65_HS1-834228961_62-HQ-83894_Section_7
Agency: FBI
Page 186
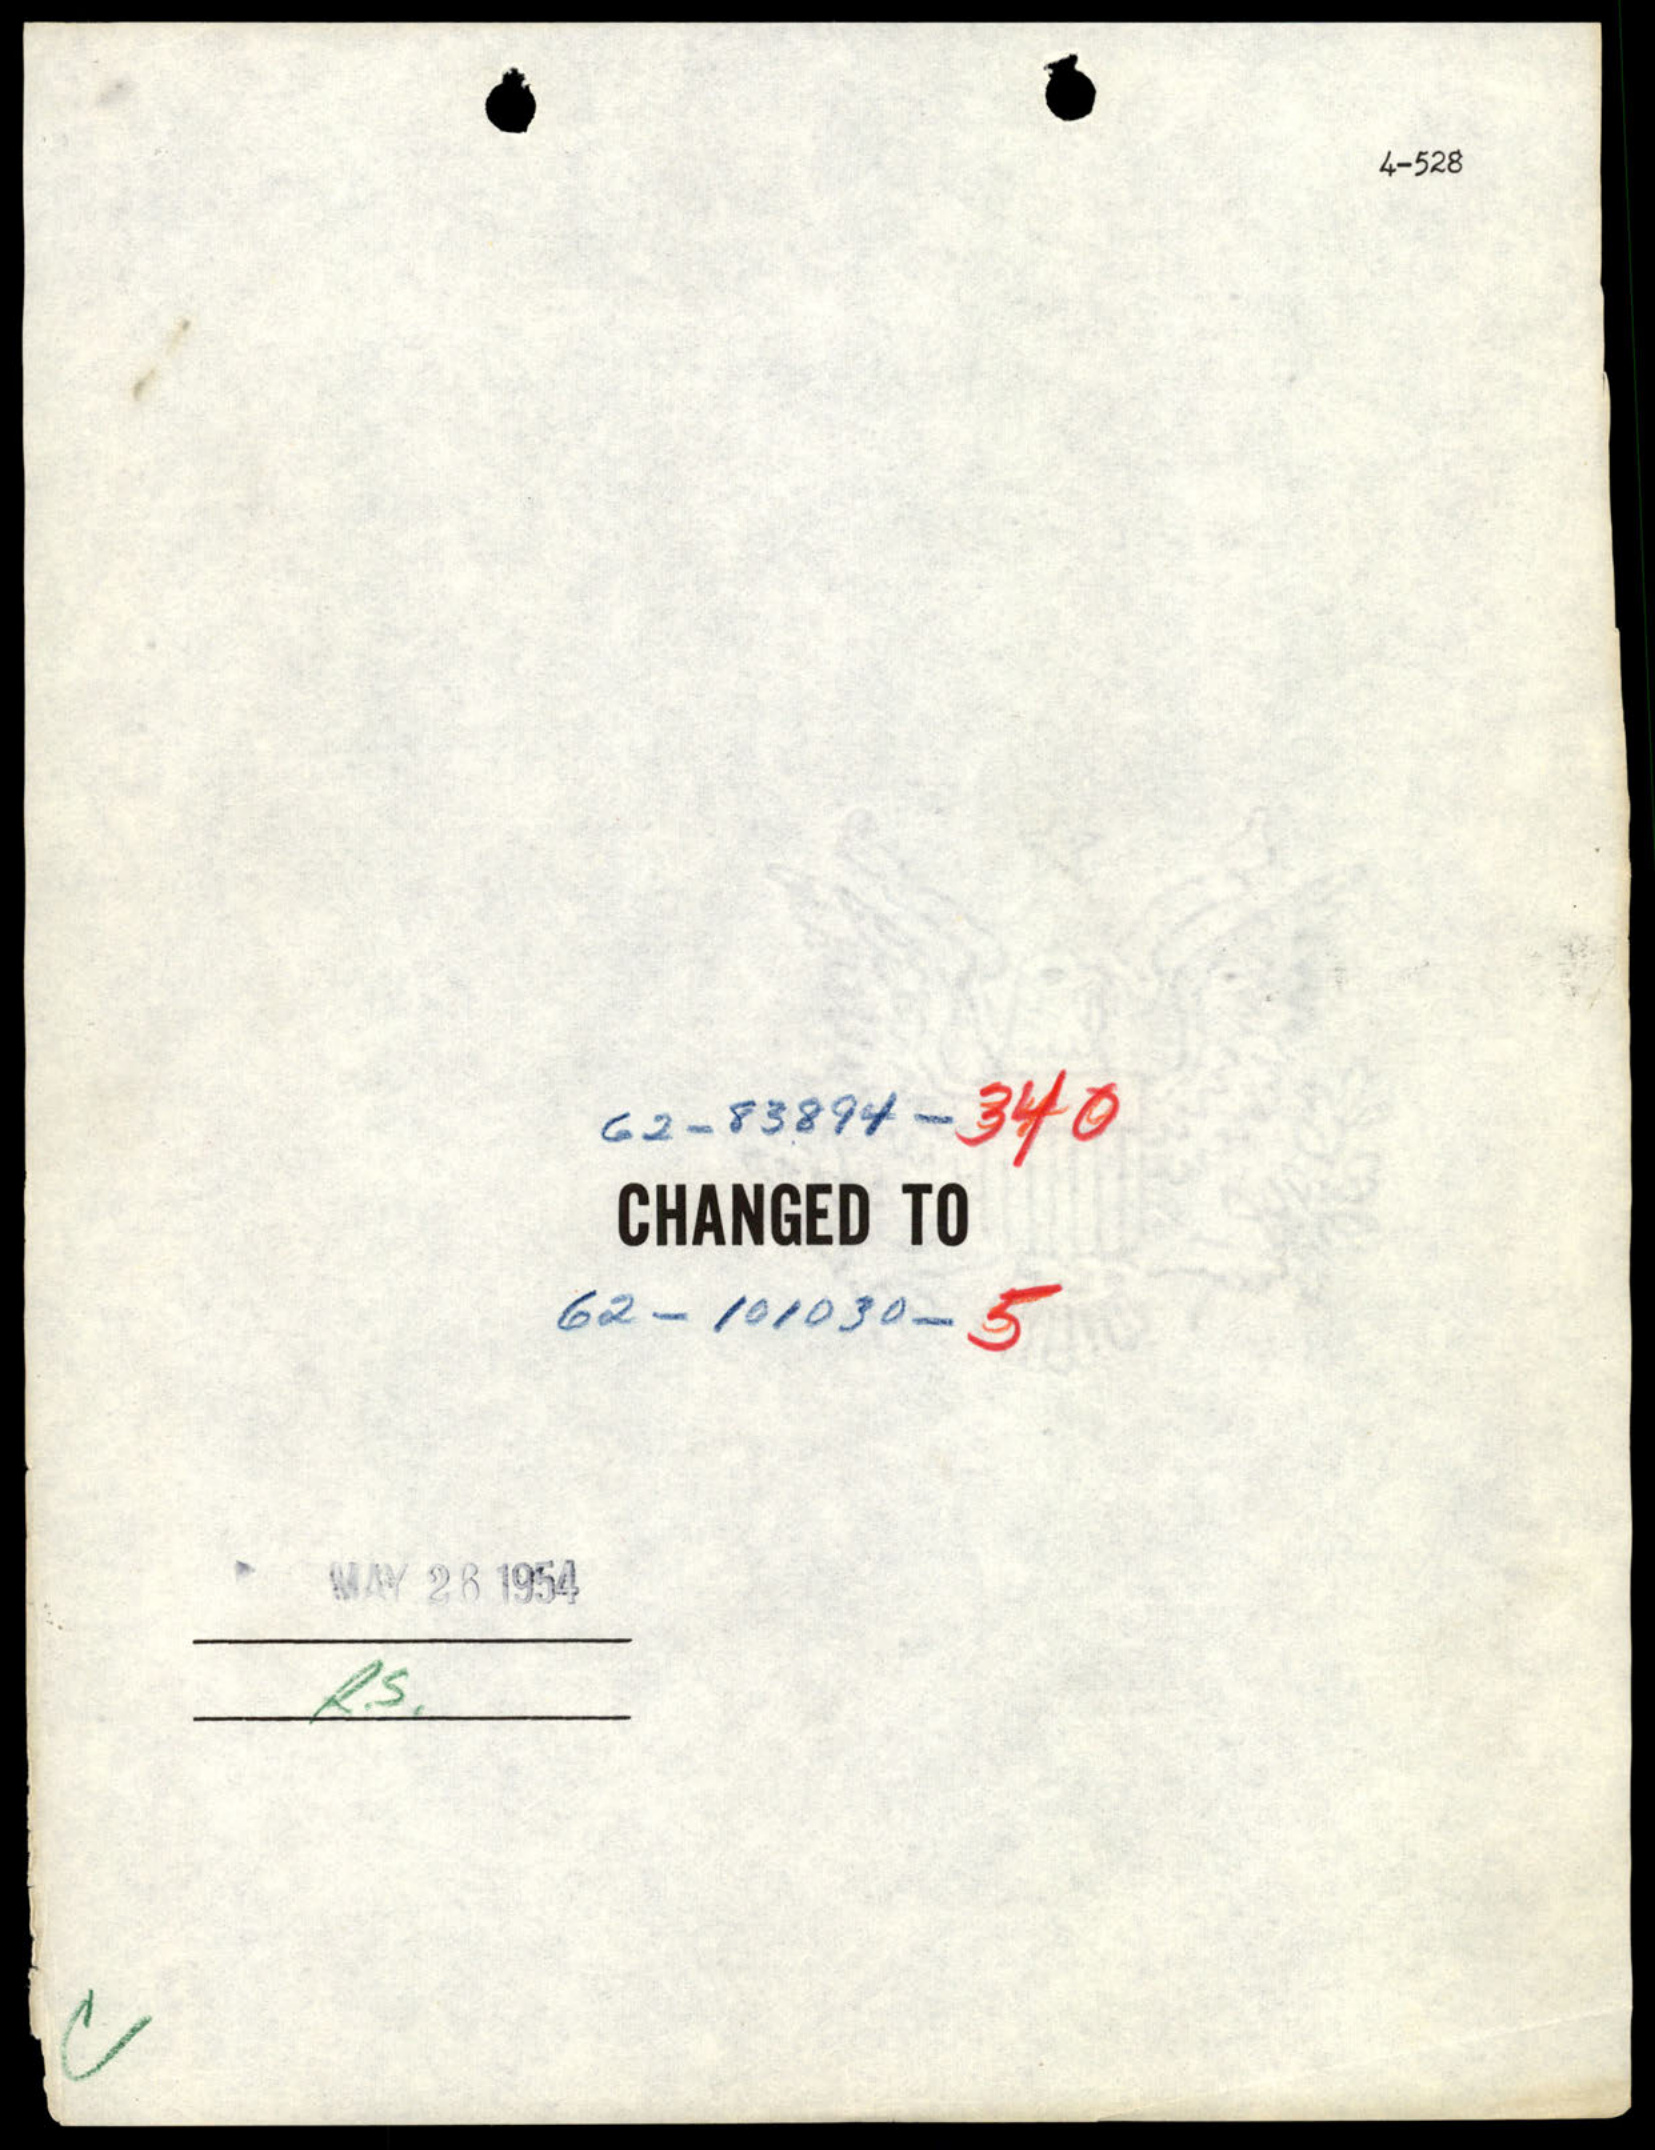